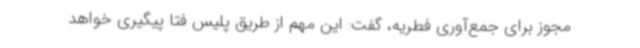
مجوز برای جمع‌آوری فطریه، گفت: این مهم از طریق پلیس فتا پیگیری خواهد